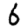
Digit: 6